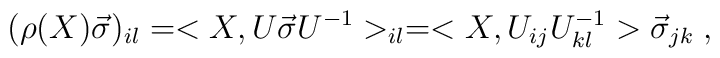
(\rho (X) \vec{\sigma})_{il} = <X, U \vec{\sigma} U^{-1} >_{il} = <X, U_{ij}U_{kl}^{-1} > \vec{\sigma}_{jk}\;,